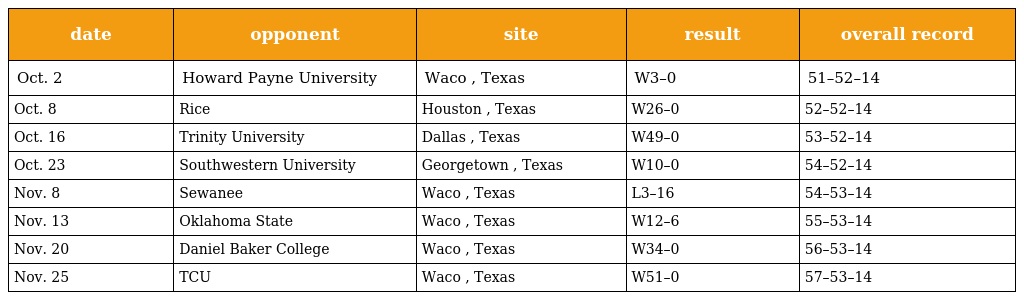
| date | opponent | site | result | overall record |
 | --- | --- | --- | --- | --- |
 | Oct. 2 | Howard Payne University | Waco , Texas | W3–0 | 51–52–14 |
 | Oct. 8 | Rice | Houston , Texas | W26–0 | 52–52–14 |
 | Oct. 16 | Trinity University | Dallas , Texas | W49–0 | 53–52–14 |
 | Oct. 23 | Southwestern University | Georgetown , Texas | W10–0 | 54–52–14 |
 | Nov. 8 | Sewanee | Waco , Texas | L3–16 | 54–53–14 |
 | Nov. 13 | Oklahoma State | Waco , Texas | W12–6 | 55–53–14 |
 | Nov. 20 | Daniel Baker College | Waco , Texas | W34–0 | 56–53–14 |
 | Nov. 25 | TCU | Waco , Texas | W51–0 | 57–53–14 |